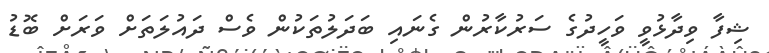
ޝިފާ ވިދާޅުވީ ވަހީދުގެ ސަރުކާރުން ގެނައި ބަދަލުތަކުން ވެސް ދައުލަތަށް ވަރަށް ބޮޑު